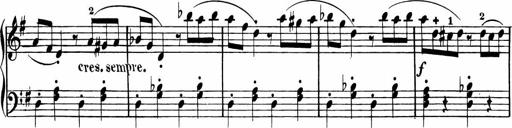
Title: Rosen ohne Dornen
Composer: Gustav Lange